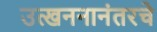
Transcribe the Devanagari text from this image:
उत्खननानंतरचे